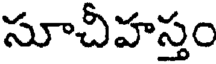
సూచీహస్తం